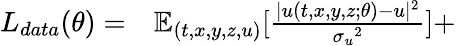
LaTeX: \begin{array}{rl}{L_{data}(\theta)=}&{{}\mathbb{E}_{(t,x,y,z,u)}[\frac{|{u}(t,x,y,z;\theta)-{u}|^{2}}{{\sigma_{u}}^{2}}]+}\end{array}